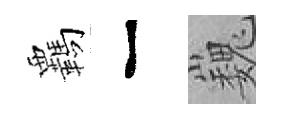
覊一巍